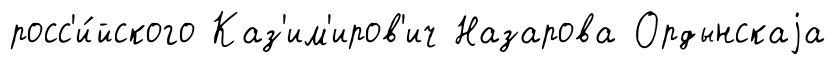
росс'и́йского Каз'им'иров'ич Назарова Ордынскаjа